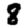
Digit: 8